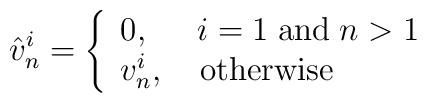
\hat{v}_n^i = \left\{\begin{array}{l}0, \;\;\;\;\;i = 1 \; {\rm and} \; n > 1\\v_n^i, \,\;\;\; {\rm otherwise}\end{array}\right.